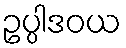
ဥပ္ပါဒဝယ